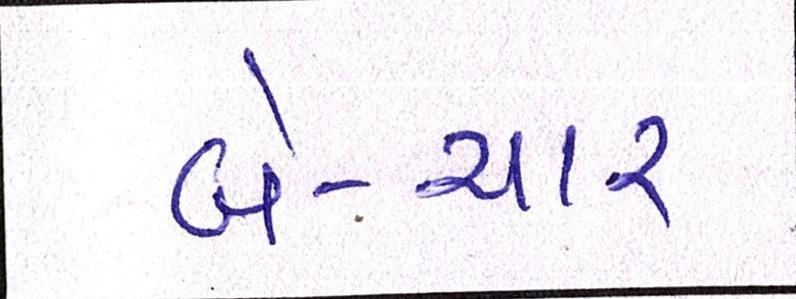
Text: બે-ચાર